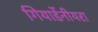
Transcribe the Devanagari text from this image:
गियार्डेनीयरा